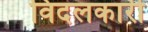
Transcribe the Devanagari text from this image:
विदलकारी